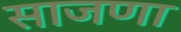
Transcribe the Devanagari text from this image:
साजणा